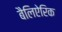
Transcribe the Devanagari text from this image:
बैलिऐरिक